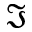
\mathfrak { I }